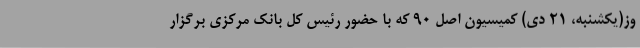
وز(یکشنبه، 21 دی) کمیسیون اصل 90 که با حضور رئیس کل بانک مرکزی برگزار